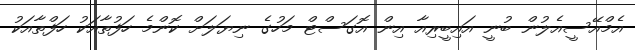
އެމްއޭސީއެލުން ބުނީ އައިބީރިއާ އިން އޮގަސްޓް މަހުގެ ނިޔަލަށް ކޮންމެ ހަފުތާއަކު ހަފްތާއަކު